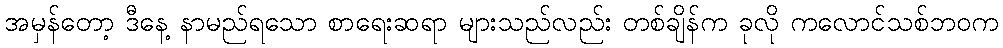
အမှန်တော့ ဒီနေ့ နာမည်ရသော စာရေးဆရာ များသည်လည်း တစ်ချိန်က ခုလို ကလောင်သစ်ဘဝက